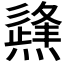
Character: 𤑊